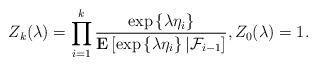
LaTeX: \begin{align*} Z_k(\lambda )=\prod_{i=1}^{ k}\frac{\exp\left\{\lambda \eta_i \right\}}{\mathbf{E}\left[\exp\left\{\lambda \eta_i \right\} | \mathcal{F}_{i-1} \right]}, Z_0(\lambda )=1. \end{align*}